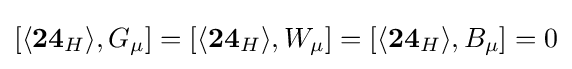
[\langle \mathbf {24} _{H}\rangle ,G_{\mu }]=[\langle \mathbf {24} _{H}\rangle ,W_{\mu }]=[\langle \mathbf {24} _{H}\rangle ,B_{\mu }]=0